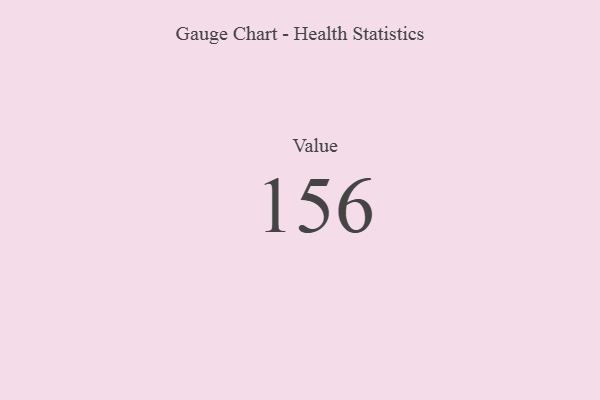
{"axis": {"x": "Metric", "y": "Value"}, "legend": [""], "data": [{"x": "Value", "y": 156, "type": ""}]}